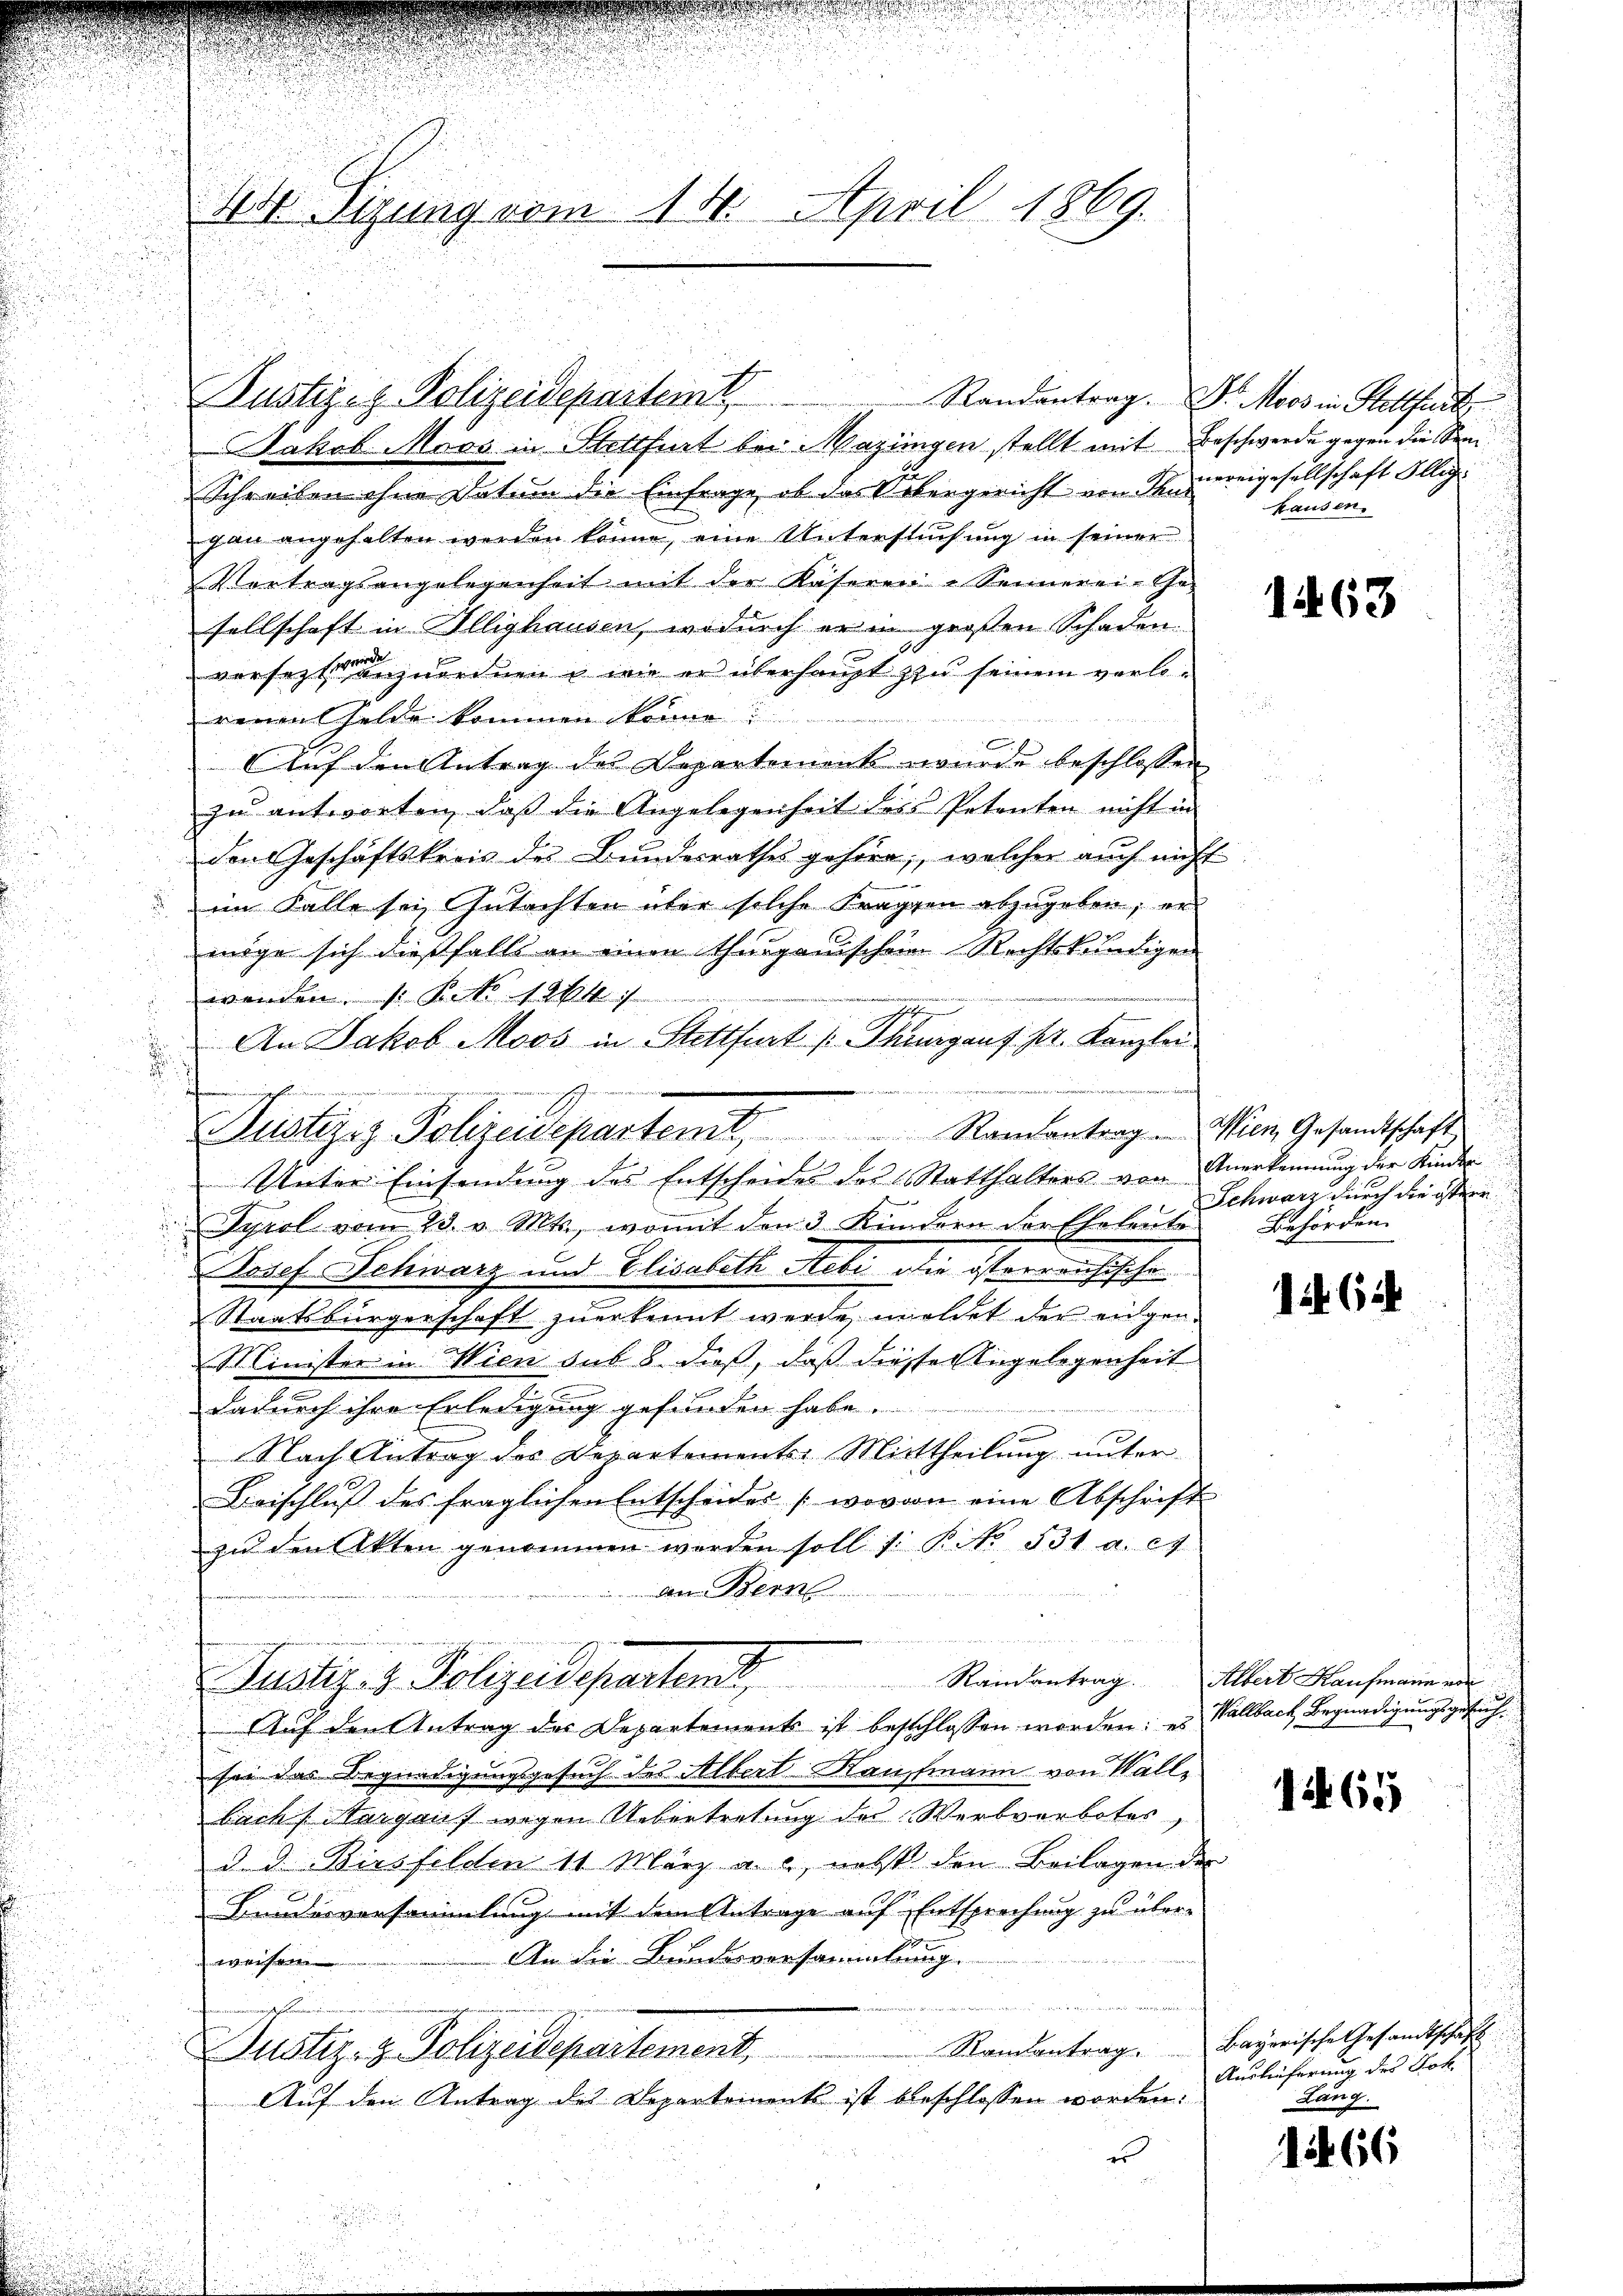
Er Sigung vom 14. April 1869.

d. Geschienen
sch
lustiziz Polizeispartent Randantrag - Wien Gesandtschaft
2
Unter Einsendung des Entscheides des Statthalters von Anerkennung der Kinder

Justiz- & Polizeidepartemt. Randantrag. Dr. Moos in Stettfurt
Jakob Moos in Stettfurt bei Mazingen stellt mit Beschwerde gegen die Sen¬
Schreiben ohne Datum die Einfrage, ob das Uebergericht von Innereigesellschaft Illiggan angehalten werden könne, eine Untersuchung in seiner
Vertragsangelegenheit mit der Käseren - Sennerei-Ge-
sellschaft in Illighausen, wodurch er in großen Schaden.
versetzt anzuordnen wie er überhaupt zu seinem verloreinen Gelde kommen könne i
Auf den Antrag des Departement wurde beschlossen
zu antworten, dass die Angelegenheit des Petenten nicht in
den Geschäftskreis des Bundesrathes gehöre, welcher auch nicht
im Falle sei, Gutachten über solche Fraggen abzugeben; er
möge sich dießfalls an einen Thurgauischein Rechtskundigen
wenden 1. Pato 1264. 7
g
An Jakob Moos in Stettfurt (Thurgauf. pr. Kanzlei
Tyrol vom 23. v. Mts., womit den 3 Kindern der Eheleŭte Behörden
Josef Schwarz und Elisabeth Aebi die österreichische
Staatsbürgerschaft zuerkennt werde, meldet der eigen-
Minister in Wien auf 8. dieß, daß diese Angelegenheit
dadurch ihre Erledigung gefunden habe.
Nach Antrag des Departements-Mittheilung unter
Beischlŭβ des fraglichen Entscheides (wovon eine Abschrift
zu den Akten genommen werden soll s. B. No. 531 a. c.
Den Bern
n
Justiz- & Polizeideparten, Randantrag. Mit Kaufmannen
Auf den Antrag des Departements ist besschlossen worden: es Wallbach Begnadigungsgesuchsei das Begnadigungsgesuch des Albert Naufmann von Walle
bach Aargauf wegen Übertretung des Werbverbotes,
d. d. Birsfelden 11 März a. c., nebst den Beilagen der
Bundesversammlung mit dem Antrage auf Entsprechung zu über-
An die Bundesversammlung.
weihe
Randantrag
Justiz- & Polizeidepartement.
Auf den Antrag des Departements ist beschlossen worden:
e

hausen.

1463

Schwarz durch die öftere

124. 64

11465

Bayerische Gesandtschaft
Auslieferung des Joh.
Lang.

1466